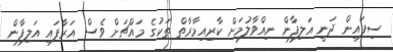
ސިފައިން ދަނީ އަލިފާން ނިއްވާލުމަށް ކާރިއިމާރާތް ތަކުގެ މައްޗަށް ވެސް އަރާފައި އަލިފާން